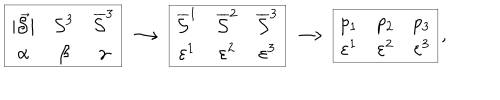
LaTeX: \begin{array} { | c c c | } \hline { { \mid \vec { \cal S } \mid } } & { { { \cal S } ^ { 3 } } } & { { \overline { { { \cal S } } } ^ { 3 } } } \\ { { \alpha } } & { { \beta } } & { { \gamma } } \\ \hline { { } } \\ \end{array} \longrightarrow \begin{array} { | c c c | } \hline { { \overline { { { \cal S } } } ^ { 1 } } } & { { \overline { { { \cal S } } } ^ { 2 } } } & { { \overline { { { \cal S } } } ^ { 3 } } } \\ { { \varepsilon ^ { 1 } } } & { { \varepsilon ^ { 2 } } } & { { \varepsilon ^ { 3 } } } \\ \hline { { } } \\ \end{array} \longrightarrow \begin{array} { | c c c | } \hline { { p _ { 1 } } } & { { p _ { 2 } } } & { { p _ { 3 } } } \\ { { \varepsilon ^ { 1 } } } & { { \varepsilon ^ { 2 } } } & { { \varepsilon ^ { 3 } } } \\ \hline { { } } \\ \end{array} ,